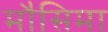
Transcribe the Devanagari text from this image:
मौसिमा